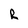
Character: R